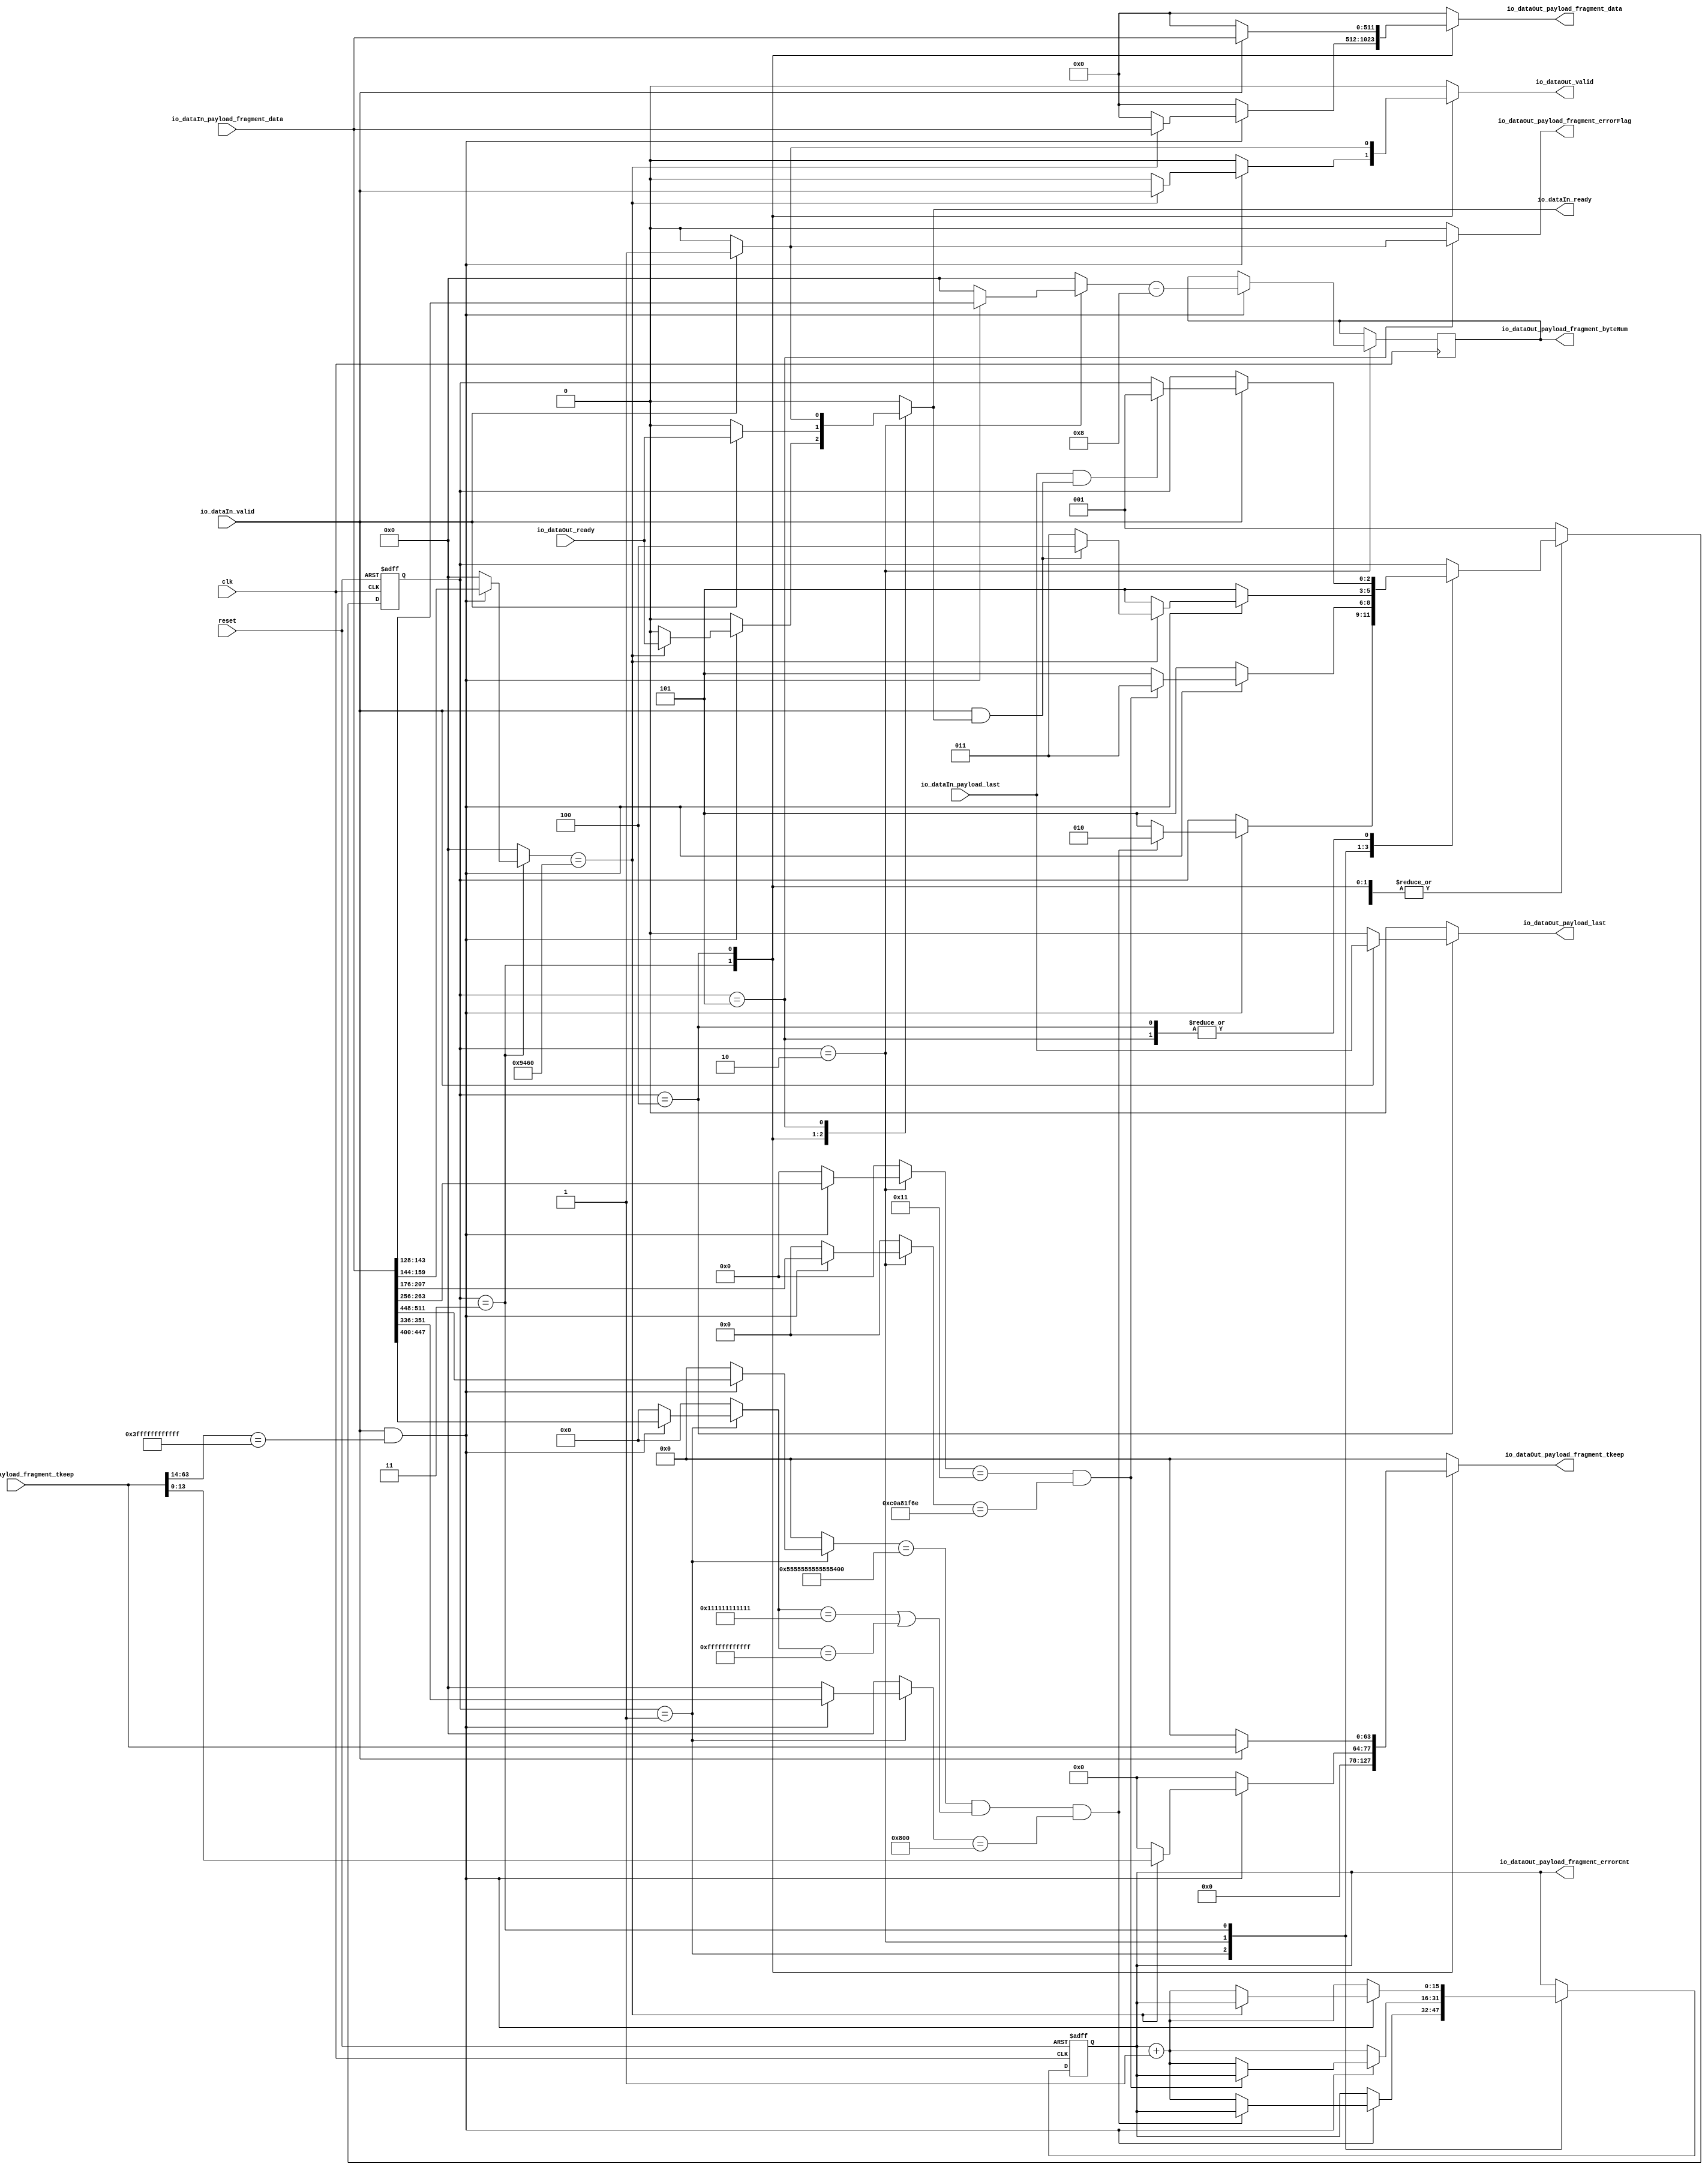
// Generator : SpinalHDL v1.6.1    git head : 3bf789d53b1b5a36974196e2d591342e15ddf28c
// Component : EthernetRx

`timescale 1ns/1ps 

module EthernetRx (
  input               io_dataIn_valid,
  output reg          io_dataIn_ready,
  input               io_dataIn_payload_last,
  input      [511:0]  io_dataIn_payload_fragment_data,
  input      [63:0]   io_dataIn_payload_fragment_tkeep,
  output reg          io_dataOut_valid,
  input               io_dataOut_ready,
  output reg          io_dataOut_payload_last,
  output reg [511:0]  io_dataOut_payload_fragment_data,
  output     [15:0]   io_dataOut_payload_fragment_byteNum,
  output     [15:0]   io_dataOut_payload_fragment_errorCnt,
  output reg          io_dataOut_payload_fragment_errorFlag,
  output reg [63:0]   io_dataOut_payload_fragment_tkeep,
  input               clk,
  input               reset
);
  localparam fsm_enumDef_BOOT = 3'd0;
  localparam fsm_enumDef_idle = 3'd1;
  localparam fsm_enumDef_stIp = 3'd2;
  localparam fsm_enumDef_stUdp = 3'd3;
  localparam fsm_enumDef_stRxData = 3'd4;
  localparam fsm_enumDef_stRxEnd = 3'd5;

  reg        [15:0]   errorCnt;
  reg        [47:0]   destMac;
  reg        [15:0]   ethType;
  reg        [63:0]   preambleSdf;
  reg        [5:0]    ipHeadByteNum;
  reg        [31:0]   destIp;
  reg        [7:0]    protocol;
  reg        [15:0]   udpByteNum;
  reg        [15:0]   dataByteNum;
  reg        [15:0]   destPort;
  wire                fsm_wantExit;
  reg                 fsm_wantStart;
  wire                fsm_wantKill;
  reg        [2:0]    fsm_stateReg;
  reg        [2:0]    fsm_stateNext;
  wire                when_EthernetRx_l91;
  wire                when_EthernetRx_l102;
  wire                when_EthernetRx_l129;
  wire                when_EthernetRx_l137;
  wire                when_EthernetRx_l157;
  wire                when_EthernetRx_l160;
  wire                io_dataIn_fire;
  wire                io_dataIn_fire_1;
  wire                when_EthernetRx_l190;
  wire                io_dataIn_fire_2;
  wire                when_EthernetRx_l202;
  `ifndef SYNTHESIS
  reg [63:0] fsm_stateReg_string;
  reg [63:0] fsm_stateNext_string;
  `endif


  `ifndef SYNTHESIS
  always @(*) begin
    case(fsm_stateReg)
      fsm_enumDef_BOOT : fsm_stateReg_string = "BOOT    ";
      fsm_enumDef_idle : fsm_stateReg_string = "idle    ";
      fsm_enumDef_stIp : fsm_stateReg_string = "stIp    ";
      fsm_enumDef_stUdp : fsm_stateReg_string = "stUdp   ";
      fsm_enumDef_stRxData : fsm_stateReg_string = "stRxData";
      fsm_enumDef_stRxEnd : fsm_stateReg_string = "stRxEnd ";
      default : fsm_stateReg_string = "????????";
    endcase
  end
  always @(*) begin
    case(fsm_stateNext)
      fsm_enumDef_BOOT : fsm_stateNext_string = "BOOT    ";
      fsm_enumDef_idle : fsm_stateNext_string = "idle    ";
      fsm_enumDef_stIp : fsm_stateNext_string = "stIp    ";
      fsm_enumDef_stUdp : fsm_stateNext_string = "stUdp   ";
      fsm_enumDef_stRxData : fsm_stateNext_string = "stRxData";
      fsm_enumDef_stRxEnd : fsm_stateNext_string = "stRxEnd ";
      default : fsm_stateNext_string = "????????";
    endcase
  end
  `endif

  always @(*) begin
    io_dataIn_ready = 1'b0;
    case(fsm_stateReg)
      fsm_enumDef_idle : begin
      end
      fsm_enumDef_stIp : begin
      end
      fsm_enumDef_stUdp : begin
        if(when_EthernetRx_l157) begin
          if(when_EthernetRx_l160) begin
            io_dataIn_ready = io_dataOut_ready;
          end
        end
      end
      fsm_enumDef_stRxData : begin
        if(io_dataIn_valid) begin
          io_dataIn_ready = io_dataOut_ready;
        end
      end
      fsm_enumDef_stRxEnd : begin
        if(io_dataIn_valid) begin
          io_dataIn_ready = 1'b1;
        end
      end
      default : begin
      end
    endcase
  end

  always @(*) begin
    io_dataOut_valid = 1'b0;
    case(fsm_stateReg)
      fsm_enumDef_idle : begin
      end
      fsm_enumDef_stIp : begin
      end
      fsm_enumDef_stUdp : begin
        if(when_EthernetRx_l157) begin
          if(when_EthernetRx_l160) begin
            io_dataOut_valid = io_dataIn_valid;
          end
        end
      end
      fsm_enumDef_stRxData : begin
        if(io_dataIn_valid) begin
          io_dataOut_valid = io_dataIn_valid;
        end
      end
      fsm_enumDef_stRxEnd : begin
      end
      default : begin
      end
    endcase
  end

  always @(*) begin
    io_dataOut_payload_fragment_data = 512'h0;
    case(fsm_stateReg)
      fsm_enumDef_idle : begin
      end
      fsm_enumDef_stIp : begin
      end
      fsm_enumDef_stUdp : begin
        if(when_EthernetRx_l157) begin
          if(when_EthernetRx_l160) begin
            io_dataOut_payload_fragment_data = io_dataIn_payload_fragment_data;
          end
        end
      end
      fsm_enumDef_stRxData : begin
        if(io_dataIn_valid) begin
          io_dataOut_payload_fragment_data = io_dataIn_payload_fragment_data;
        end
      end
      fsm_enumDef_stRxEnd : begin
      end
      default : begin
      end
    endcase
  end

  always @(*) begin
    io_dataOut_payload_last = 1'b0;
    case(fsm_stateReg)
      fsm_enumDef_idle : begin
      end
      fsm_enumDef_stIp : begin
      end
      fsm_enumDef_stUdp : begin
      end
      fsm_enumDef_stRxData : begin
        if(io_dataIn_valid) begin
          io_dataOut_payload_last = io_dataIn_payload_last;
        end
      end
      fsm_enumDef_stRxEnd : begin
      end
      default : begin
      end
    endcase
  end

  always @(*) begin
    io_dataOut_payload_fragment_errorFlag = 1'b0;
    case(fsm_stateReg)
      fsm_enumDef_idle : begin
      end
      fsm_enumDef_stIp : begin
      end
      fsm_enumDef_stUdp : begin
      end
      fsm_enumDef_stRxData : begin
      end
      fsm_enumDef_stRxEnd : begin
        if(io_dataIn_valid) begin
          io_dataOut_payload_fragment_errorFlag = 1'b1;
        end
      end
      default : begin
      end
    endcase
  end

  assign io_dataOut_payload_fragment_byteNum = dataByteNum;
  assign io_dataOut_payload_fragment_errorCnt = errorCnt;
  always @(*) begin
    io_dataOut_payload_fragment_tkeep = 64'h0;
    case(fsm_stateReg)
      fsm_enumDef_idle : begin
      end
      fsm_enumDef_stIp : begin
      end
      fsm_enumDef_stUdp : begin
        if(when_EthernetRx_l157) begin
          if(when_EthernetRx_l160) begin
            io_dataOut_payload_fragment_tkeep = {50'h0,io_dataIn_payload_fragment_tkeep[13 : 0]};
          end
        end
      end
      fsm_enumDef_stRxData : begin
        if(io_dataIn_valid) begin
          io_dataOut_payload_fragment_tkeep = io_dataIn_payload_fragment_tkeep;
        end
      end
      fsm_enumDef_stRxEnd : begin
      end
      default : begin
      end
    endcase
  end

  always @(*) begin
    destMac = 48'h0;
    case(fsm_stateReg)
      fsm_enumDef_idle : begin
        if(when_EthernetRx_l91) begin
          destMac = io_dataIn_payload_fragment_data[447 : 400];
        end
      end
      fsm_enumDef_stIp : begin
      end
      fsm_enumDef_stUdp : begin
      end
      fsm_enumDef_stRxData : begin
      end
      fsm_enumDef_stRxEnd : begin
      end
      default : begin
      end
    endcase
  end

  always @(*) begin
    ethType = 16'h0;
    case(fsm_stateReg)
      fsm_enumDef_idle : begin
        if(when_EthernetRx_l91) begin
          ethType = io_dataIn_payload_fragment_data[351 : 336];
        end
      end
      fsm_enumDef_stIp : begin
      end
      fsm_enumDef_stUdp : begin
      end
      fsm_enumDef_stRxData : begin
      end
      fsm_enumDef_stRxEnd : begin
      end
      default : begin
      end
    endcase
  end

  always @(*) begin
    preambleSdf = 64'h0;
    case(fsm_stateReg)
      fsm_enumDef_idle : begin
        if(when_EthernetRx_l91) begin
          preambleSdf = io_dataIn_payload_fragment_data[511 : 448];
        end
      end
      fsm_enumDef_stIp : begin
      end
      fsm_enumDef_stUdp : begin
      end
      fsm_enumDef_stRxData : begin
      end
      fsm_enumDef_stRxEnd : begin
      end
      default : begin
      end
    endcase
  end

  always @(*) begin
    ipHeadByteNum = 6'h0;
    case(fsm_stateReg)
      fsm_enumDef_idle : begin
      end
      fsm_enumDef_stIp : begin
        if(when_EthernetRx_l129) begin
          ipHeadByteNum = {io_dataIn_payload_fragment_data[331 : 328],2'b00};
        end
      end
      fsm_enumDef_stUdp : begin
      end
      fsm_enumDef_stRxData : begin
      end
      fsm_enumDef_stRxEnd : begin
      end
      default : begin
      end
    endcase
  end

  always @(*) begin
    protocol = 8'h0;
    case(fsm_stateReg)
      fsm_enumDef_idle : begin
      end
      fsm_enumDef_stIp : begin
        if(when_EthernetRx_l129) begin
          protocol = io_dataIn_payload_fragment_data[263 : 256];
        end
      end
      fsm_enumDef_stUdp : begin
      end
      fsm_enumDef_stRxData : begin
      end
      fsm_enumDef_stRxEnd : begin
      end
      default : begin
      end
    endcase
  end

  always @(*) begin
    destIp = 32'h0;
    case(fsm_stateReg)
      fsm_enumDef_idle : begin
      end
      fsm_enumDef_stIp : begin
        if(when_EthernetRx_l129) begin
          destIp = io_dataIn_payload_fragment_data[207 : 176];
        end
      end
      fsm_enumDef_stUdp : begin
      end
      fsm_enumDef_stRxData : begin
      end
      fsm_enumDef_stRxEnd : begin
      end
      default : begin
      end
    endcase
  end

  always @(*) begin
    destPort = 16'h0;
    case(fsm_stateReg)
      fsm_enumDef_idle : begin
      end
      fsm_enumDef_stIp : begin
      end
      fsm_enumDef_stUdp : begin
        if(when_EthernetRx_l157) begin
          destPort = io_dataIn_payload_fragment_data[159 : 144];
        end
      end
      fsm_enumDef_stRxData : begin
      end
      fsm_enumDef_stRxEnd : begin
      end
      default : begin
      end
    endcase
  end

  always @(*) begin
    udpByteNum = 16'h0;
    case(fsm_stateReg)
      fsm_enumDef_idle : begin
      end
      fsm_enumDef_stIp : begin
        if(when_EthernetRx_l129) begin
          udpByteNum = io_dataIn_payload_fragment_data[143 : 128];
        end
      end
      fsm_enumDef_stUdp : begin
      end
      fsm_enumDef_stRxData : begin
      end
      fsm_enumDef_stRxEnd : begin
      end
      default : begin
      end
    endcase
  end

  assign fsm_wantExit = 1'b0;
  always @(*) begin
    fsm_wantStart = 1'b0;
    case(fsm_stateReg)
      fsm_enumDef_idle : begin
      end
      fsm_enumDef_stIp : begin
      end
      fsm_enumDef_stUdp : begin
      end
      fsm_enumDef_stRxData : begin
      end
      fsm_enumDef_stRxEnd : begin
      end
      default : begin
        fsm_wantStart = 1'b1;
      end
    endcase
  end

  assign fsm_wantKill = 1'b0;
  always @(*) begin
    fsm_stateNext = fsm_stateReg;
    case(fsm_stateReg)
      fsm_enumDef_idle : begin
        if(when_EthernetRx_l91) begin
          if(when_EthernetRx_l102) begin
            fsm_stateNext = fsm_enumDef_stIp;
          end else begin
            fsm_stateNext = fsm_enumDef_stRxEnd;
          end
        end
      end
      fsm_enumDef_stIp : begin
        if(when_EthernetRx_l129) begin
          if(when_EthernetRx_l137) begin
            fsm_stateNext = fsm_enumDef_stUdp;
          end else begin
            fsm_stateNext = fsm_enumDef_stRxEnd;
          end
        end else begin
          fsm_stateNext = fsm_enumDef_stRxEnd;
        end
      end
      fsm_enumDef_stUdp : begin
        if(when_EthernetRx_l157) begin
          if(when_EthernetRx_l160) begin
            if(io_dataIn_fire) begin
              fsm_stateNext = fsm_enumDef_stRxData;
            end else begin
              fsm_stateNext = fsm_enumDef_stUdp;
            end
          end else begin
            fsm_stateNext = fsm_enumDef_stRxEnd;
          end
        end else begin
          fsm_stateNext = fsm_enumDef_stRxEnd;
        end
      end
      fsm_enumDef_stRxData : begin
        if(io_dataIn_valid) begin
          if(when_EthernetRx_l190) begin
            fsm_stateNext = fsm_enumDef_idle;
          end
        end
      end
      fsm_enumDef_stRxEnd : begin
        if(io_dataIn_valid) begin
          if(when_EthernetRx_l202) begin
            fsm_stateNext = fsm_enumDef_idle;
          end
        end
      end
      default : begin
      end
    endcase
    if(fsm_wantStart) begin
      fsm_stateNext = fsm_enumDef_idle;
    end
    if(fsm_wantKill) begin
      fsm_stateNext = fsm_enumDef_BOOT;
    end
  end

  assign when_EthernetRx_l91 = (io_dataIn_valid && (io_dataIn_payload_fragment_tkeep[63 : 14] == 50'h3ffffffffffff));
  assign when_EthernetRx_l102 = (((preambleSdf == 64'h55555555555555d5) && ((destMac == 48'h111111111111) || (destMac == 48'hffffffffffff))) && (ethType == 16'h0800));
  assign when_EthernetRx_l129 = (io_dataIn_valid && (io_dataIn_payload_fragment_tkeep[63 : 14] == 50'h3ffffffffffff));
  assign when_EthernetRx_l137 = ((protocol == 8'h11) && (destIp == 32'hc0a81f6e));
  assign when_EthernetRx_l157 = (io_dataIn_valid && (io_dataIn_payload_fragment_tkeep[63 : 14] == 50'h3ffffffffffff));
  assign when_EthernetRx_l160 = (destPort == 16'h9460);
  assign io_dataIn_fire = (io_dataIn_valid && io_dataIn_ready);
  assign io_dataIn_fire_1 = (io_dataIn_valid && io_dataIn_ready);
  assign when_EthernetRx_l190 = (io_dataIn_payload_last && (io_dataIn_fire_1 == 1'b1));
  assign io_dataIn_fire_2 = (io_dataIn_valid && io_dataIn_ready);
  assign when_EthernetRx_l202 = (io_dataIn_payload_last && (io_dataIn_fire_2 == 1'b1));
  always @(posedge clk or posedge reset) begin
    if(reset) begin
      errorCnt <= 16'h0;
      fsm_stateReg <= fsm_enumDef_BOOT;
    end else begin
      fsm_stateReg <= fsm_stateNext;
      case(fsm_stateReg)
        fsm_enumDef_idle : begin
          if(when_EthernetRx_l91) begin
            if(!when_EthernetRx_l102) begin
              errorCnt <= (errorCnt + 16'h0001);
            end
          end
        end
        fsm_enumDef_stIp : begin
          if(when_EthernetRx_l129) begin
            if(!when_EthernetRx_l137) begin
              errorCnt <= (errorCnt + 16'h0001);
            end
          end else begin
            errorCnt <= (errorCnt + 16'h0001);
          end
        end
        fsm_enumDef_stUdp : begin
          if(when_EthernetRx_l157) begin
            if(!when_EthernetRx_l160) begin
              errorCnt <= (errorCnt + 16'h0001);
            end
          end else begin
            errorCnt <= (errorCnt + 16'h0001);
          end
        end
        fsm_enumDef_stRxData : begin
        end
        fsm_enumDef_stRxEnd : begin
        end
        default : begin
        end
      endcase
    end
  end

  always @(posedge clk) begin
    case(fsm_stateReg)
      fsm_enumDef_idle : begin
      end
      fsm_enumDef_stIp : begin
        if(when_EthernetRx_l129) begin
          dataByteNum <= (udpByteNum - 16'h0008);
        end
      end
      fsm_enumDef_stUdp : begin
      end
      fsm_enumDef_stRxData : begin
      end
      fsm_enumDef_stRxEnd : begin
      end
      default : begin
      end
    endcase
  end


endmodule